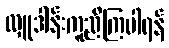
လှူဒါန်းကူညီကြပါရန်